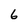
Character: 6